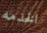
الخدمه